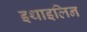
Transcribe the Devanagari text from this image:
इथाइलिन